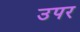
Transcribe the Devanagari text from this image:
उपर